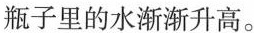
瓶子里的水渐渐升高。